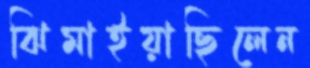
ঝিমাইয়াছিলেন